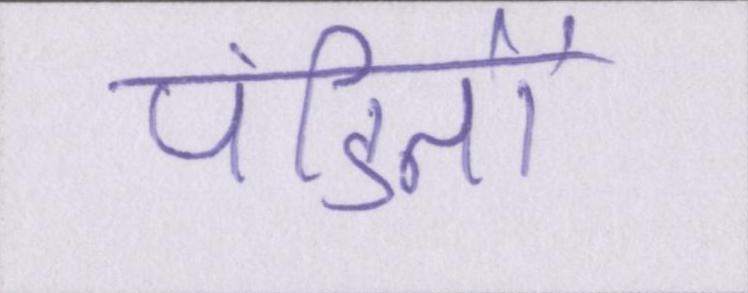
पंडितों